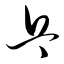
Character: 乓